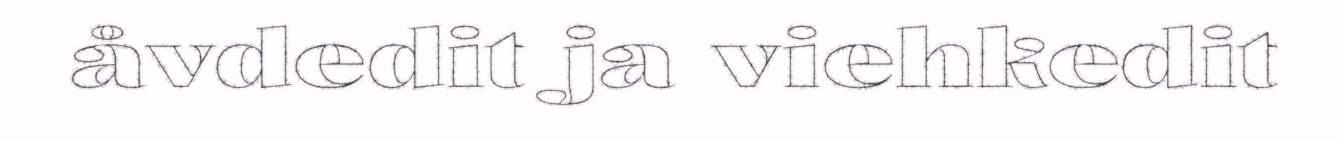
åvdedit ja viehkedit